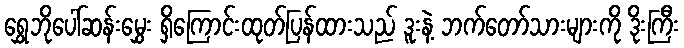
ရွှေဘိုပေါ်ဆန်းမွှေး ရှိကြောင်းထုတ်ပြန်ထားသည် ဒူးနဲ့ ဘက်တော်သားများကို ဒိုးကြီး